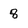
Character: 8